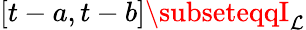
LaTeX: [t-a,t-b]\subseteqqI_{\mathcal{L}}